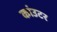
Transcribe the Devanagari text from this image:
कांउटर